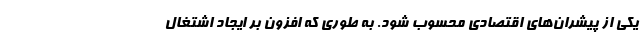
یکی از پیشران‌های اقتصادی محسوب ‌شود. به طوری که افزون بر ایجاد اشتغال